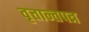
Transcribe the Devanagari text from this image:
वृत्तान्तपत्र